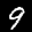
Label: 9